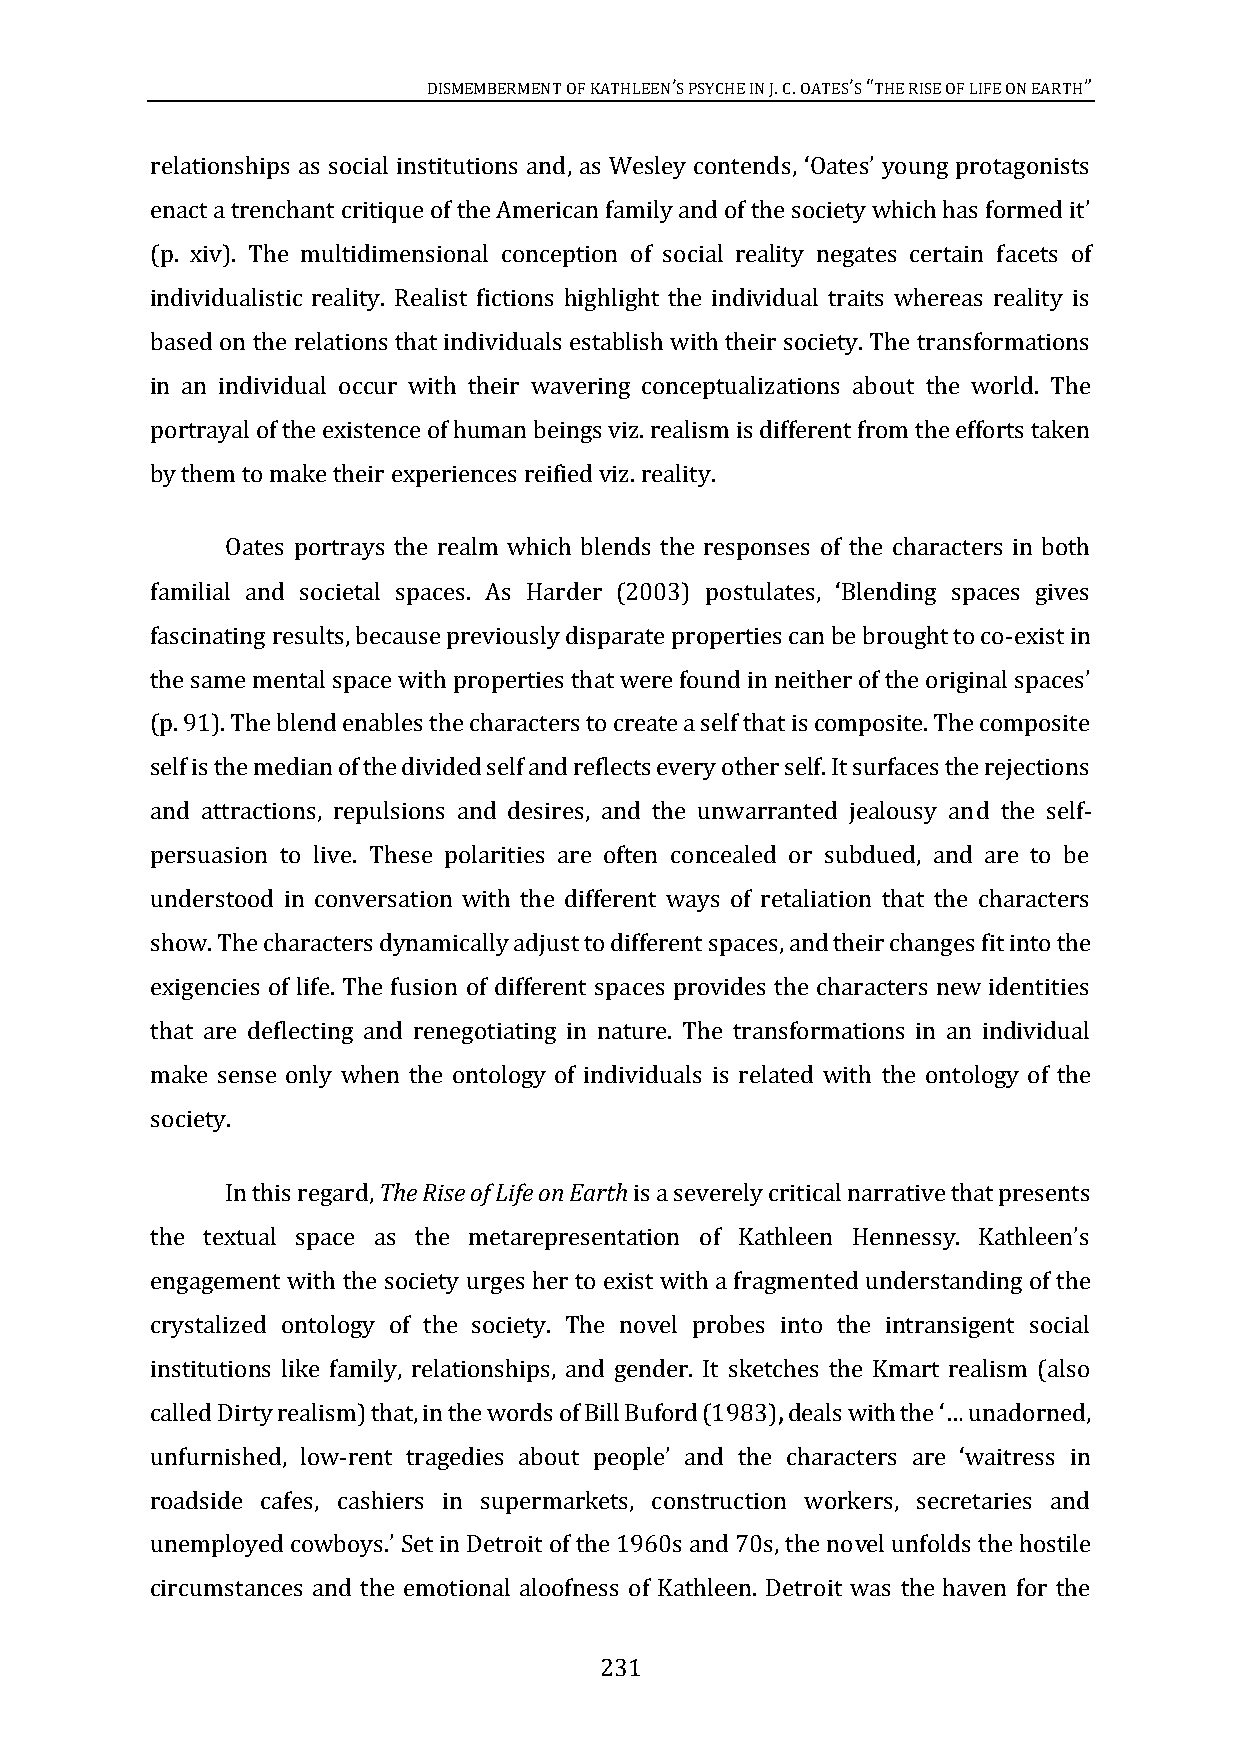
DISMEMBERMENT OF KATHLEENS PSYCHE IN J. C. OATESS THE RISE OF LIFE ON EARTH
 ’           ’ “             ”
 relationships as social institutions and, as Wesley contends, ‘Oates’ young protagonists
 (p. xiv). The multidimensional conception of social reality negates certain facets of
 enact a trenchant critique of the American family and of the society which has formed it’
 individualistic reality. Realist fictions highlight the individual traits whereas reality is
 based on the relations that individuals establish with their society. The transformations
 in an individual occur with their wavering conceptualizations about the world. The
 portrayal of the existence of human beings viz. realism is different from the efforts taken
 by them to make their experiences reified viz. reality.
 Oates portrays the realm which blends the responses of the characters in both
 familial an
 fascinating results, because previously disparate properties can be brought to co-exist in
 d societal spaces. As Harder (2003) postulates, ‘Blending spaces gives
 (p. 91). The blend enables the characters to create a self that is composite. The composite
 the same mental space with properties that were found in neither of the original spaces’
 self is the median of the divided self and reflects every other self. It surfaces the rejections
 and attractions, repulsions and desires, and the unwarranted jealousy and the self-
 persuasion to live. These polarities are often concealed or subdued, and are to be
 understood in conversation with the different ways of retaliation that the characters
 show. The characters dynamically adjust to different spaces, and their changes fit into the
 exigencies of life. The fusion of different spaces provides the characters new identities
 that are deflecting and renegotiating in nature. The transformations in an individual
 make sense only when the ontology of individuals is related with the ontology of the
 society.
 In this regard, The Rise of Life on Earth is a severely critical narrative that presents
 engagement with the society urges her to exist with a fragmented understanding of the
 the textual space as the metarepresentation of Kathleen Hennessy. Kathleen’s
 crystalized ontology of the society. The novel probes into the intransigent social
 institutions like family, relationships, and gender. It sketches the Kmart realism (also
 called Dirty realism) that, in the words of Bill Buford (1983),
 unfurnished, low-
 deals with the ‘… unadorned,
 roadside cafes, cashiers in supermarkets, construction workers, secretaries and
 rent tragedies about people’ and the characters are ‘waitress in
 vel unfolds the hostile
 circumstances and the emotional aloofness of Kathleen. Detroit was the haven for the
 unemployed cowboys.’ Set in Detroit of the 1960s and 70s, the no
 231